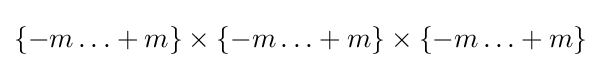
\{-m\ldots +m\}\times \{-m\ldots +m\}\times \{-m\ldots +m\}